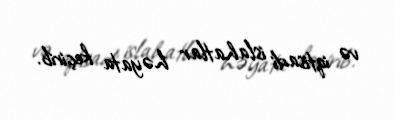
və iqtisadi islahatlar həyata keçirib.